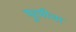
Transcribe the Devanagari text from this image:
मुरमीचा